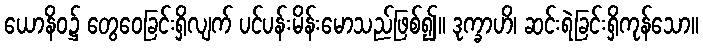
ယောနိဝ၌ တွေဝေခြင်းရှိလျက် ပင်ပန်းမိန်းမောသည်ဖြစ်၍။ ဒုက္ခာဟိ၊ ဆင်းရဲခြင်းရှိကုန်သော။